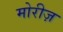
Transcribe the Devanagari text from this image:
मोरीज़